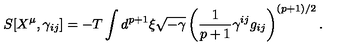
S [ X ^ { \mu } , \gamma _ { i j } ] = - T \int d ^ { p + 1 } \xi \sqrt { - \gamma } \left( \frac { 1 } { p + 1 } \gamma ^ { i j } g _ { i j } \right) ^ { ( p + 1 ) / 2 } .